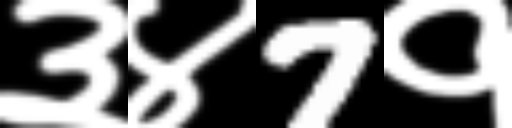
Text: ३४7१